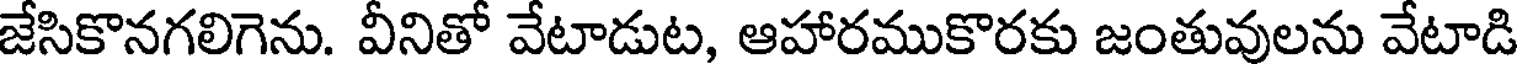
జేసికొనగలిగెను. వీనితో వేటాడుట, ఆహారముకొరకు జంతువులను వేటాడి